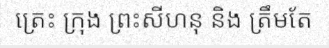
ត្រេះ ក្រុង ព្រះសីហនុ និង ត្រឹមតែ